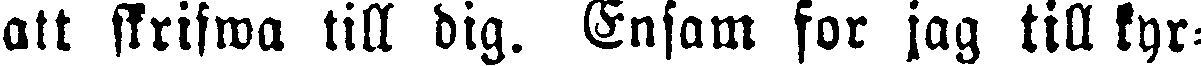
att skrifwa till dig. Ensam for jag till kyr-